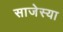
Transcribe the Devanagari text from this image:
साजेस्या